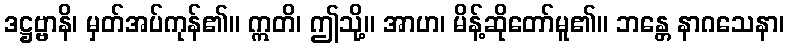
ဒဋ္ဌဗ္ဗာနိ၊ မှတ်အပ်ကုန်၏။ ဣတိ၊ ဤသို့။ အာဟ၊ မိန့်ဆိုတော်မူ၏။ ဘန္တေ နာဂသေနာ၊